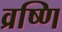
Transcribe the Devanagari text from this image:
व्रष्णि